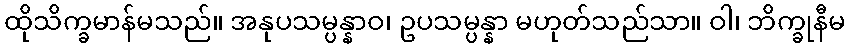
ထိုသိက္ခမာန်မသည်။ အနုပသမ္ပန္နာဝ၊ ဥပသမ္ပန္နာ မဟုတ်သည်သာ။ ဝါ၊ ဘိက္ခုနီမ